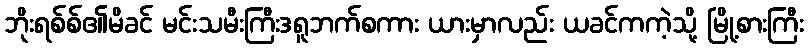
ဘိုးရစ်စ်၏မိခင် မင်းသမီးကြီးဒရူဘက်စကား ယားမှာလည်း ယခင်ကကဲ့သို့ မြို့စားကြီး